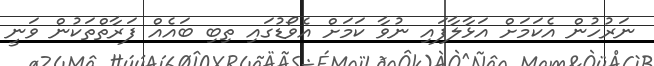
ނަރުހުން އެކަމަށް އަޅާލާފައި ނުވާ ކަމަށް އެވޯޑުގައި ތިބި ބައެއް ފަރާތްތަކުން ވަނީ